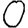
Digit: 0